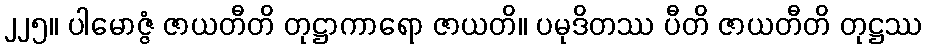
၂၂၅။ ပါမောဇ္ဇံ ဇာယတီတိ တုဋ္ဌာကာရော ဇာယတိ။ ပမုဒိတဿ ပီတိ ဇာယတီတိ တုဋ္ဌဿ